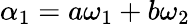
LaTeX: \alpha_{1}=a\omega_{1}+b\omega_{2}